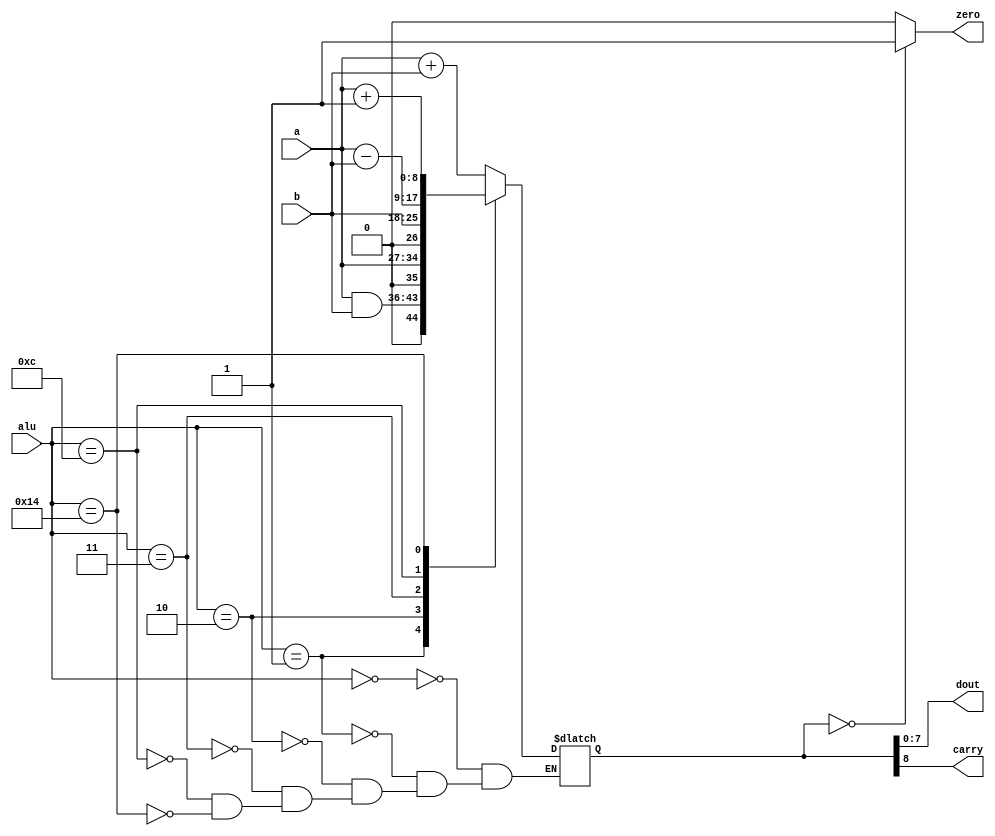
//------------------------------------------------------------------------------
//
// Description: ALU for the Simple CPU
//
// (C) Omkar Kamath, 2022. No part may be reproduced without permission from
//     author.
//------------------------------------------------------------------------------

module alu
  (
   a,
   b,
   alu,
   dout,
   carry,
   zero
   );
   
   input wire [7:0] a          ;
   input wire [7:0] b          ;
   input wire [4:0] alu        ;
   
   output wire [7:0] dout      ;
   output wire 	     carry     ;
   output reg 	     zero      ;
   reg [8:0] 	     temp_dout ;
   
   localparam ADD        = 5'b00000 ;
   localparam BITAND     = 5'b00001 ;
   localparam INP_A      = 5'b00010 ;
   localparam INP_B      = 5'b00011 ;
   localparam SUB        = 5'b01100 ;
   localparam INCREMENT  = 5'b10100 ;
   
   always @(*)
     begin
	case (alu)
	  ADD       :   temp_dout <= (a + b);
	  BITAND    :   temp_dout <= (a & b);
	  INP_A     :   temp_dout <= (a)    ;
	  INP_B     :   temp_dout <= (b)    ;
	  SUB       :   temp_dout <= (a-b)  ;
	  INCREMENT :   temp_dout <= (a + 1);
	endcase // case (alu)
     end // always @ (*)

   assign dout = temp_dout[7:0];
   assign carry = temp_dout[8];

   always @(*)
     begin
	if(temp_dout == 9'b000000000)
	  begin
	     zero <= 1'b1;
	  end
	else
	  begin
	     zero <= 1'b0;
	  end
     end

endmodule